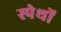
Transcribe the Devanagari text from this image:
स्पेथों